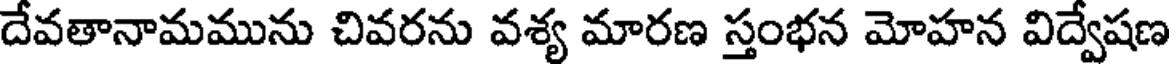
దేవతానామమును చివరను వశ్య మారణ స్తంభన మోహన విద్వేషణ